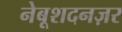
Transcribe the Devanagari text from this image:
नेबूशदनज़र